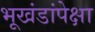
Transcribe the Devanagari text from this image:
भूखंडांपेक्षा